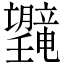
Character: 𪱯